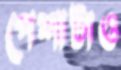
পেশাটাও